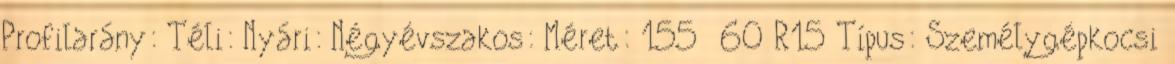
Profilarány: Téli: Nyári: Négyévszakos: Méret: 155 60 R15 Típus: Személygépkocsi